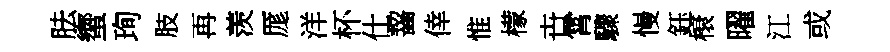
胠蠁珣肢再羡厖洋杯仕齧倖惟檬卋霄驟慢鈺榱曜江或